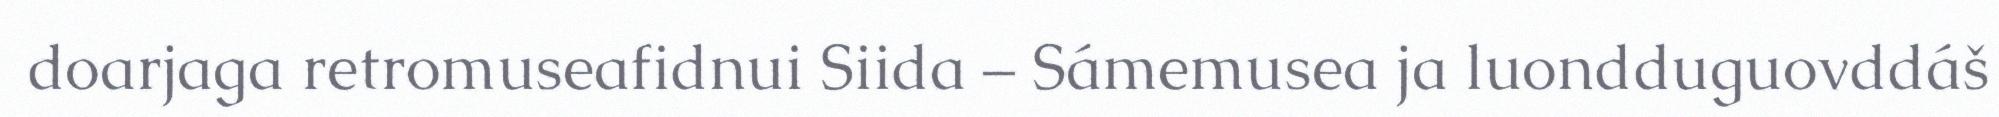
doarjaga retromuseafidnui Siida – Sámemusea ja luondduguovddáš